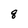
Character: q